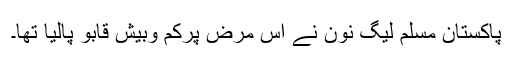
پاکستان مسلم لیگ نون نے اس مرض پرکم وبیش قابو پالیا تھا۔